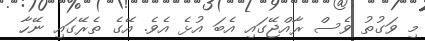
މި ވަގުތު ވެސް ރާއްޖޭގައި އެބަ އުޅެ އެވެ. އޭގެ ތެރޭގައި ނޭހާ